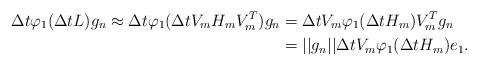
LaTeX: \begin{align*}\Delta t \varphi_1(\Delta t L)g_n \approx \Delta t \varphi_1(\Delta t V_mH_mV_m^T)g_n &= \Delta t V_m\varphi_1(\Delta t H_m)V_m^Tg_n \\ &= ||g_n||\Delta t V_m\varphi_1(\Delta t H_m)e_1.\end{align*}